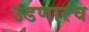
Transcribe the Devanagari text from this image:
उडणारच